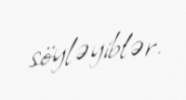
söyləyiblər.